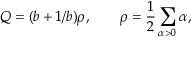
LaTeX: Q = ( b + 1 / b ) \rho , \qquad \rho = \frac 1 2 \sum _ { \alpha > 0 } \alpha ,